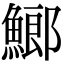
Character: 䱶